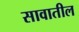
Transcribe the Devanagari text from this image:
सावातील